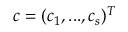
\boldsymbol { c } = ( c _ { 1 } , . . . , c _ { s } ) ^ { T }